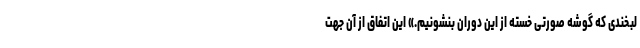
لبخندی که گوشه صورتی خسته از این دوران بنشونیم.» این اتفاق از آن جهت